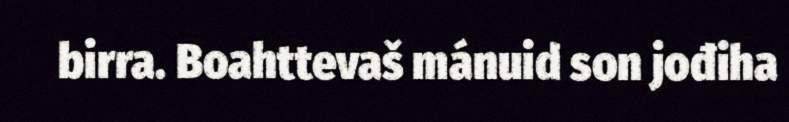
birra. Boahttevaš mánuid son jođiha